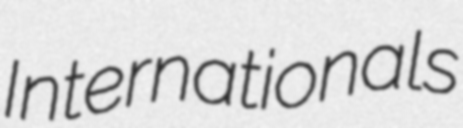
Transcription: Internationals